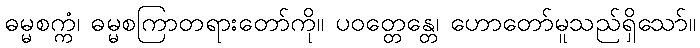
ဓမ္မစက္ကံ၊ ဓမ္မစကြာတရားတော်ကို။ ပဝတ္တေန္တေ၊ ဟောတော်မူသည်ရှိသော်။